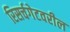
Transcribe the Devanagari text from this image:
रिसर्चगेटवरील